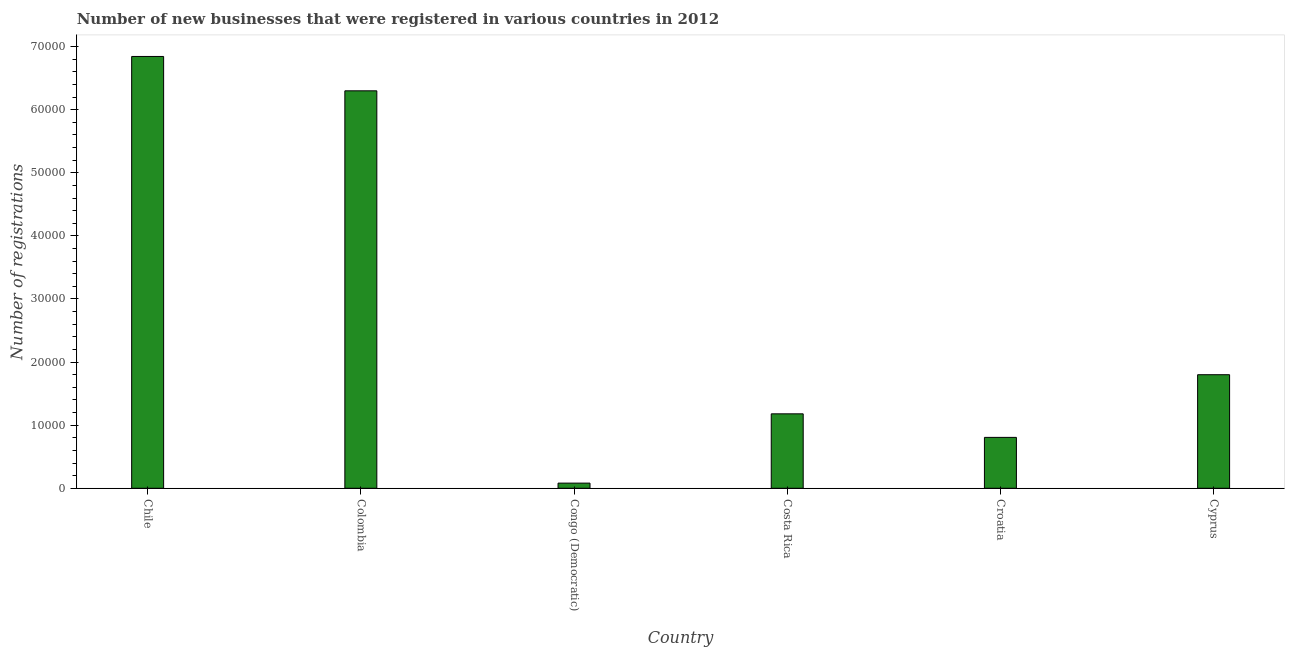
| Country | New businesses |
 | --- | --- |
 | Chile | 6.84e+04 |
 | Colombia | 6.3e+04 |
 | Congo (Democratic) | 819 |
 | Costa Rica | 1.18e+04 |
 | Croatia | 8.07e+03 |
 | Cyprus | 1.8e+04 |